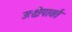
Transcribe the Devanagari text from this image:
उत्क्षेपावर्त